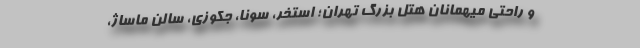
و راحتی میهمانان هتل بزرگ تهران؛ استخر، سونا، جکوزی، سالن ماساژ،